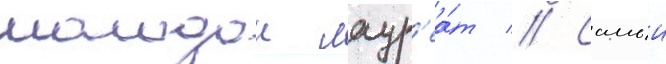
молодои лаур'еа́т // Самыи